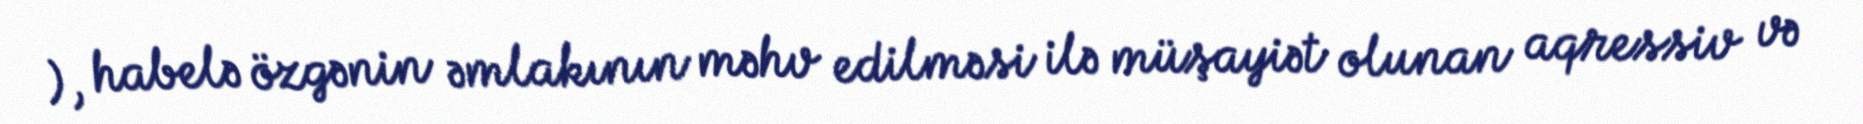
), habelə özgənin əmlakının məhv edilməsi ilə müşayiət olunan aqressiv və